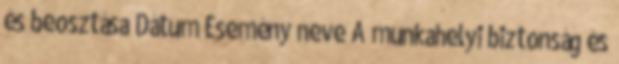
és beosztása Dátum Esemény neve A munkahelyi biztonság és